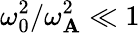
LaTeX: \omega_{0}^{2}/\omega_{\mathbf{A}}^{2}\ll1